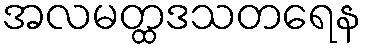
အလမတ္ထဒသတရေန